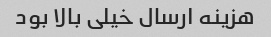
هزینه ارسال خیلی بالا بود